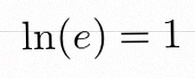
\ln(e)=1